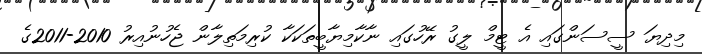
މިދިޔަ ސީސަންގައި އެ ޓީމް ލީގު ރޭހުގައި ނާކާމިޔާބީތަކަކާ ކުރިމަތިލާން ޖެހުނުއިރު 2010-2011ގެ